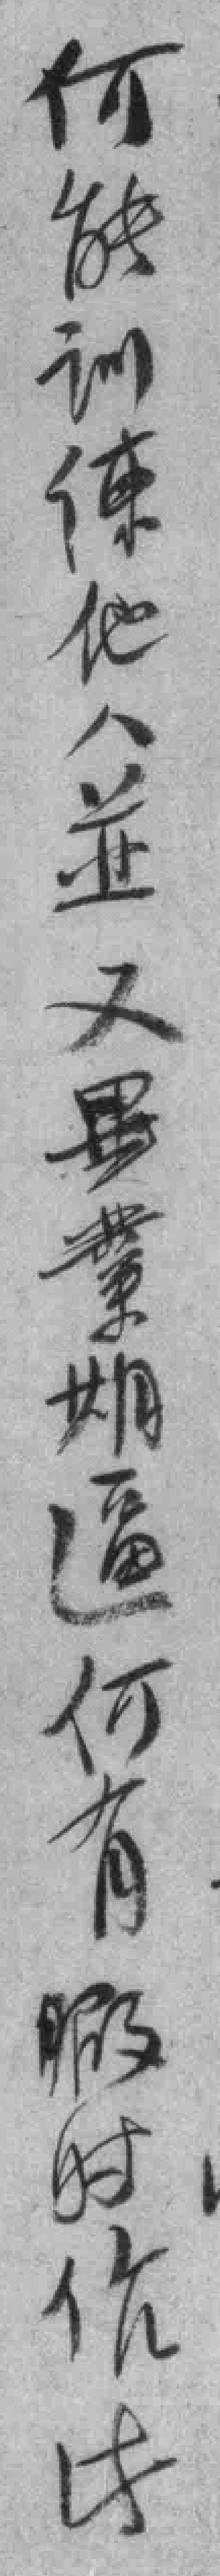
何能训練他人並又畢業期逼何有暇时作此